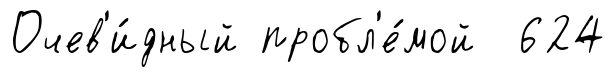
Очев'и́дный пробл'е́мой 624